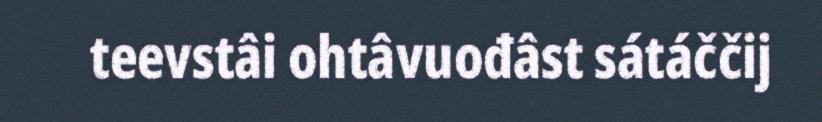
teevstâi ohtâvuođâst sátáččij